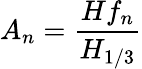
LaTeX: A_{n}=\frac{Hf_{n}}{H_{1/3}}